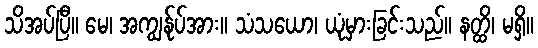
သိအပ်ပြီ။ မေ၊ အကျွန်ုပ်အား။ သံသယော၊ ယုံမှားခြင်းသည်။ နတ္ထိ၊ မရှိ။